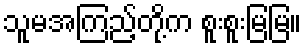
သူမအကြည့်တို့က စူးစူးမြမြ။